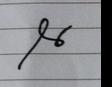
Signature authenticity: forged